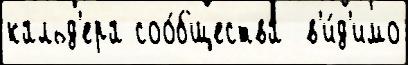
кальд'ера соо́бщества  в'и́д'имо